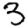
Digit: 3